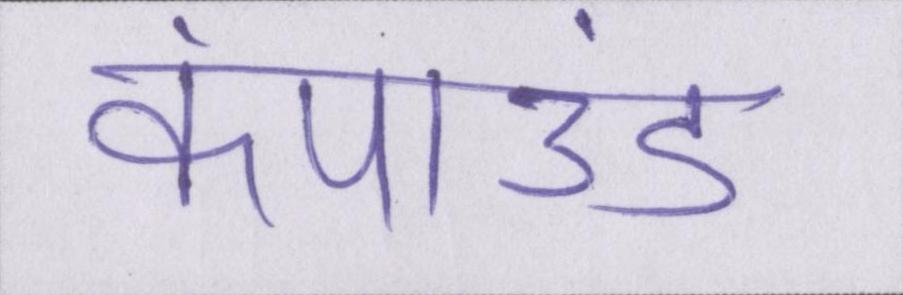
कंपाउंड